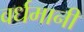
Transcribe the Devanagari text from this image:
वर्धमानी